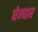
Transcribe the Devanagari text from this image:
घेन्घार